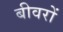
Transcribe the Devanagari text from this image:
बीवरों